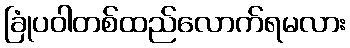
ခြုံပဝါတစ်ထည်လောက်ရမလား